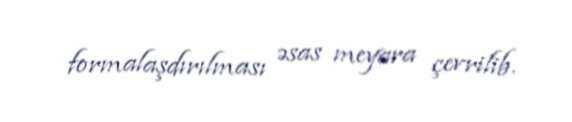
formalaşdırılması əsas meyara çevrilib.